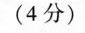
(4分)